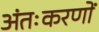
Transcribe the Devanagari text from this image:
अंतःकरणों